Liigvalla_vallavalitsus, lk 97
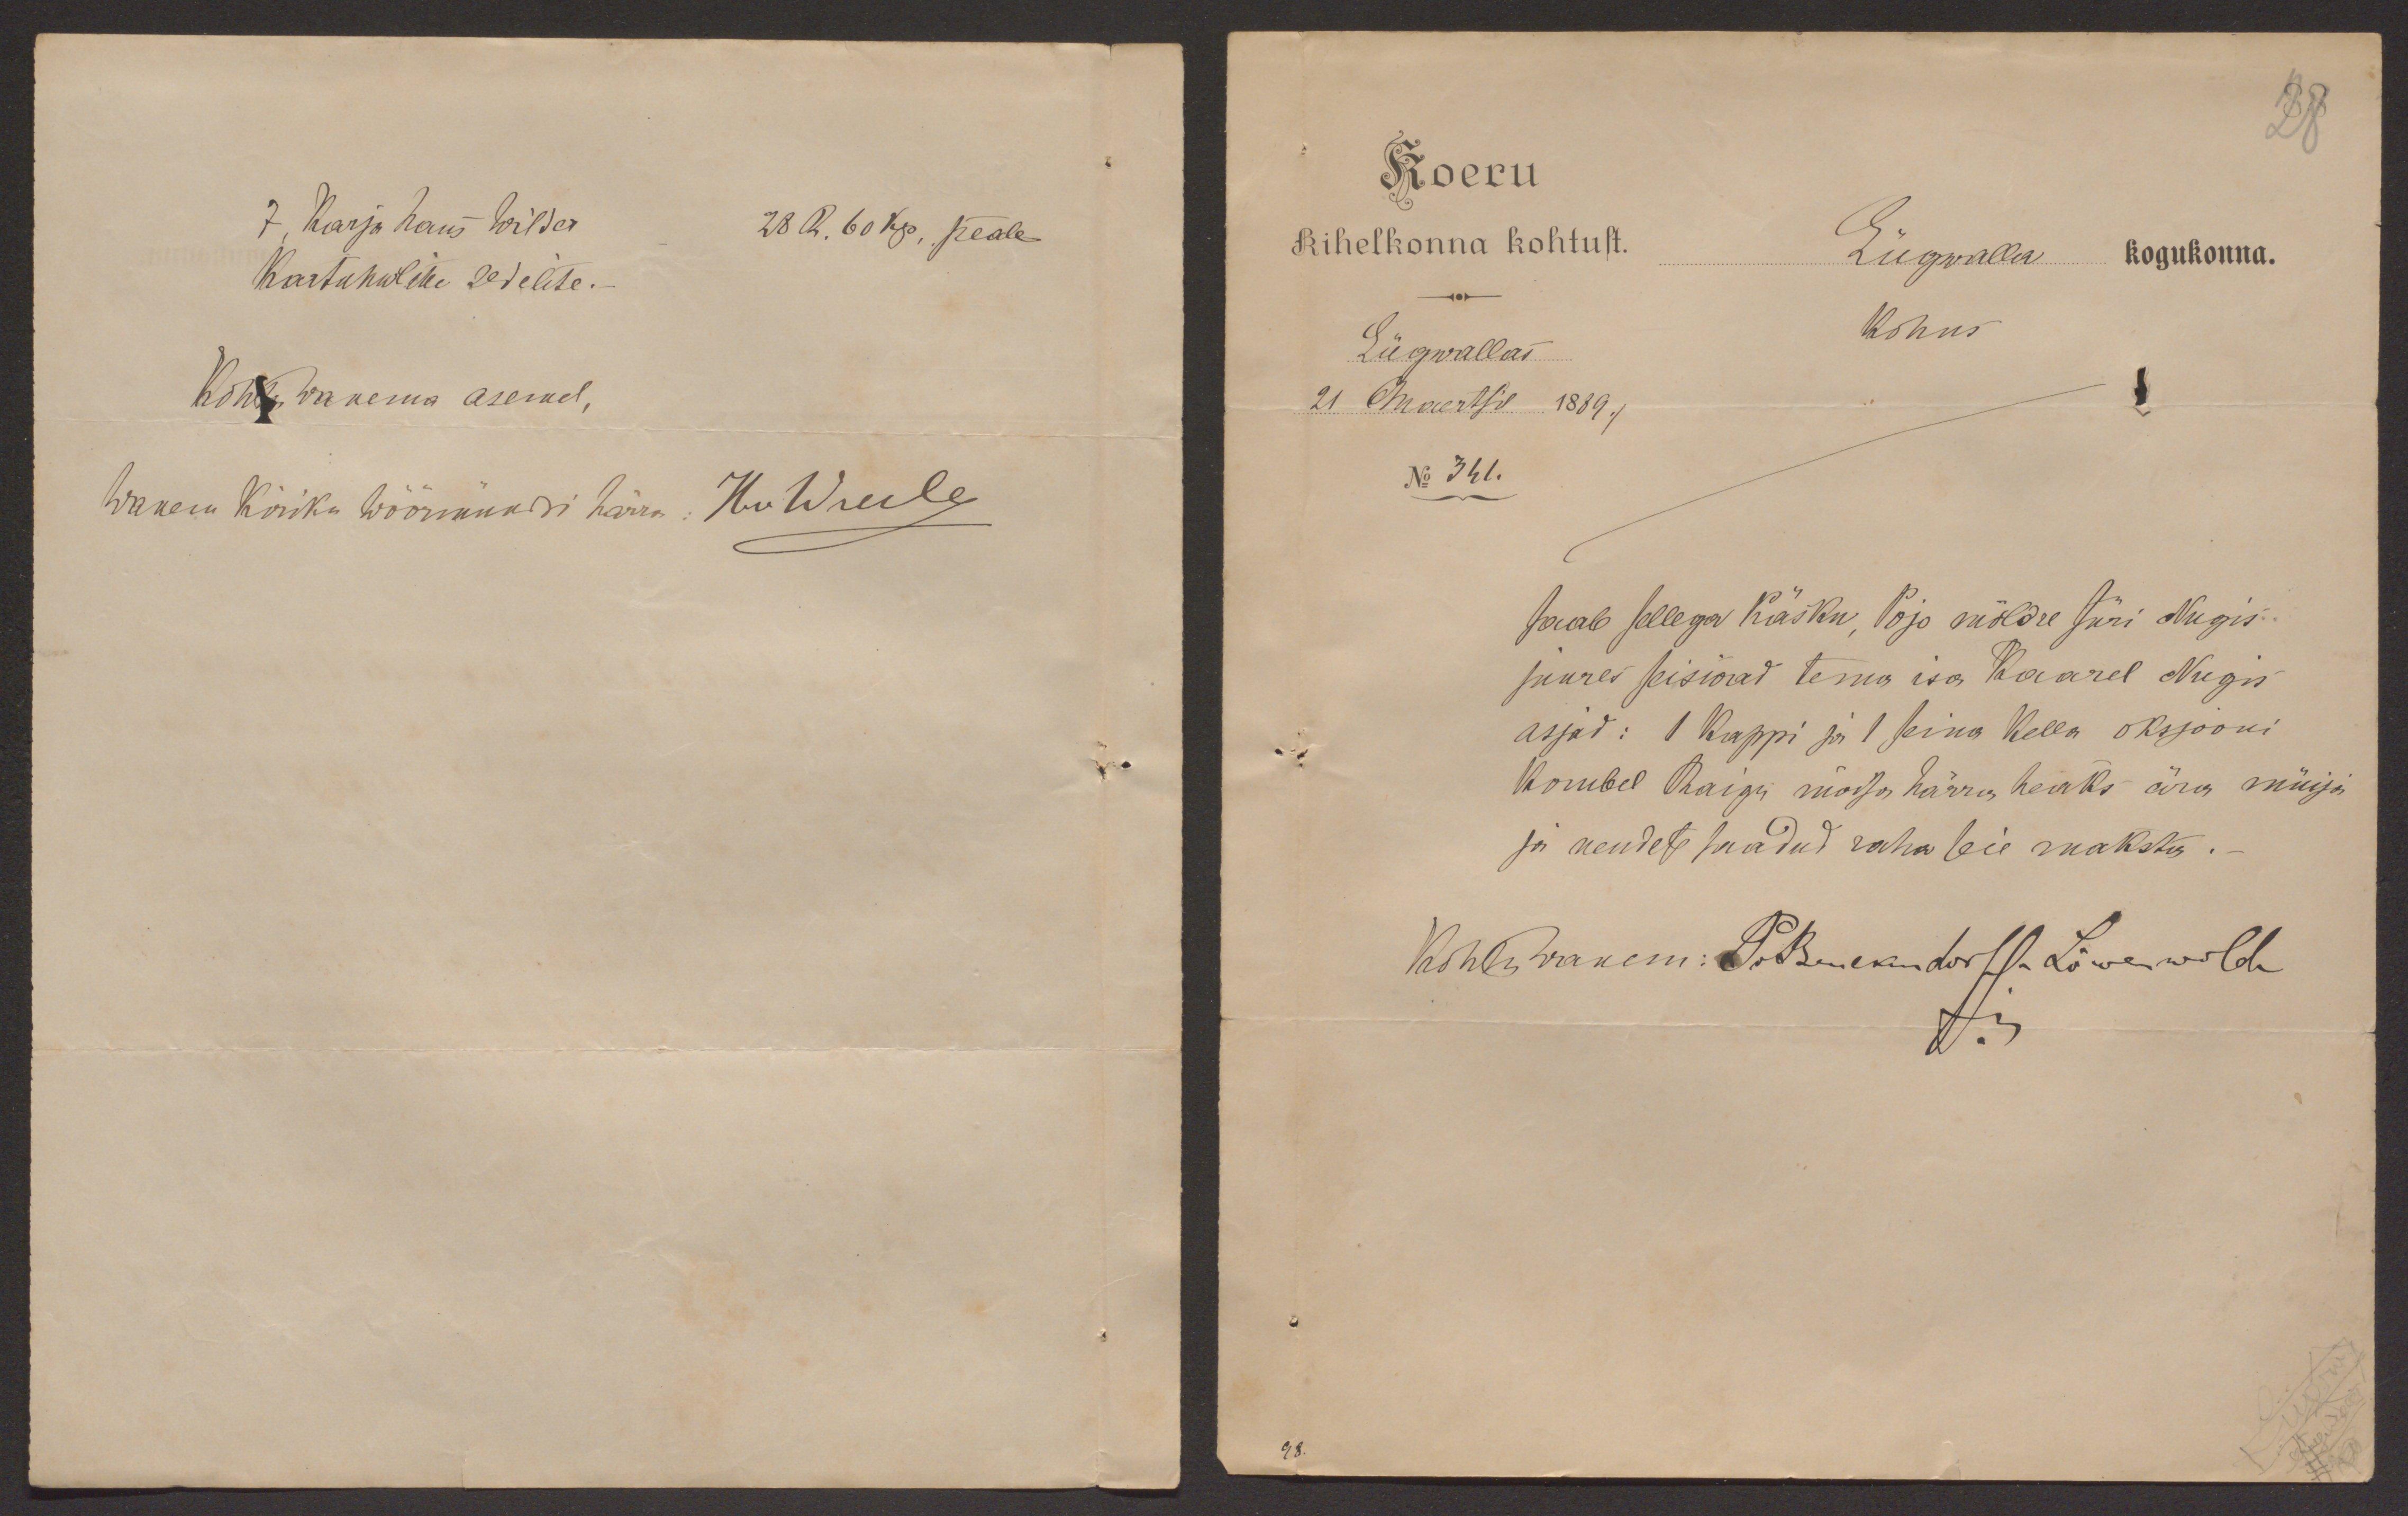
7, Karja Hans Wilder 28 R. 60 kp, peale
kartuhwlitte sedelite.
Kohtu wanema asemel,
Wanem kiriku wöörmündri härra:

Koeru
Kihelkonna kohtust.
Liigwalla kogukonna.
Liigwallas
kohus
21 Maertsil 1889./
No 341.
saab sellega käsku, Pojo möldre Jüri Nugis
juures seiswad tema isa Kaarel Nugis
asjad: 1 kappi ja 1 seina kella oksjooni
kombel Raigu mõisa härra heaks ära müija
ja nendest saadud raha seie maksta.
Kohtu wanem: PvBenckendorff-Löwenwolde